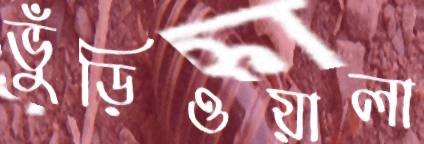
ভুঁড়িওয়ালা